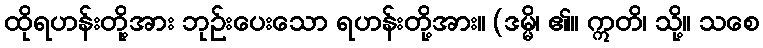
ထိုရဟန်းတို့အား ဘုဉ်းပေးသော ရဟန်းတို့အား။ (ဒမ္မိ၊ ၏။ ဣတိ၊ သို့။ သစေ